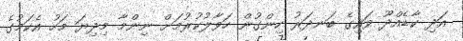
އަދި ކާޑެއްދޫ ވައިގެ ބަނދަރު ހިންގުން ހަވާލުކުރުމަށް ނިންމާ މިދިޔަ މަހު އެކަމުގެ